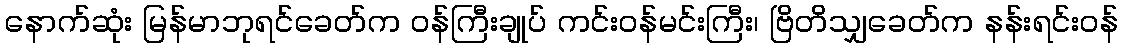
နောက်ဆုံး မြန်မာဘုရင်ခေတ်က ဝန်ကြီးချုပ် ကင်းဝန်မင်းကြီး၊ ဗြိတိသျှခေတ်က နန်းရင်းဝန်